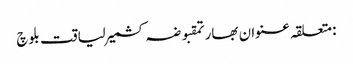
:متعلقہ عنوان بھارتمقبوضہ کشمیرلیاقت بلوچ